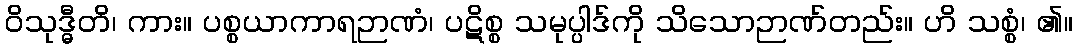
ဝိသုဒ္ဓီတိ၊ ကား။ ပစ္စယာကာရဉာဏံ၊ ပဋိစ္စ သမုပ္ပါဒ်ကို သိသောဉာဏ်တည်း။ ဟိ သစ္စံ၊ ၏။